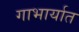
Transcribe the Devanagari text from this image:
गाभार्यात